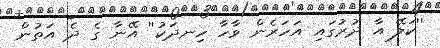
''ކަލޭ އާ ދުރުގައި އަހަރެން ވާހާ ހިނދަކު'' އޭނާ ގެ ދެ އަތުން